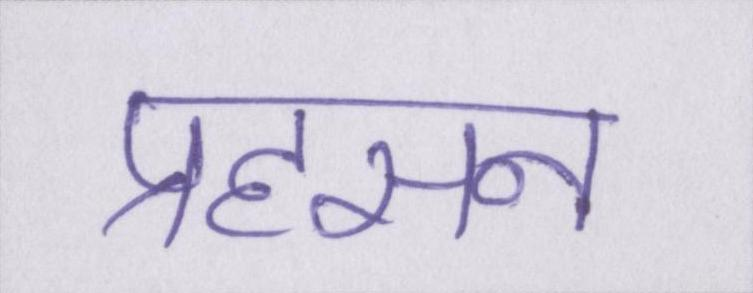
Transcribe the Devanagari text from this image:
प्रहसन